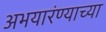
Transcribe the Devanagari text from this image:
अभयारंण्याच्या